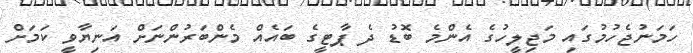
ހަމަނުޖެހުމުގައި މަޖިލީހުގެ އެންމެ ބޮޑު ދެ ޕާޓީގެ ބައެއް މެންބަރުންނަށް އަނިޔާވީ ކަމަށް